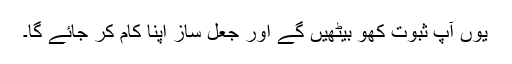
یوں آپ ثبوت کھو بیٹھیں گے اور جعل ساز اپنا کام کر جائے گا۔